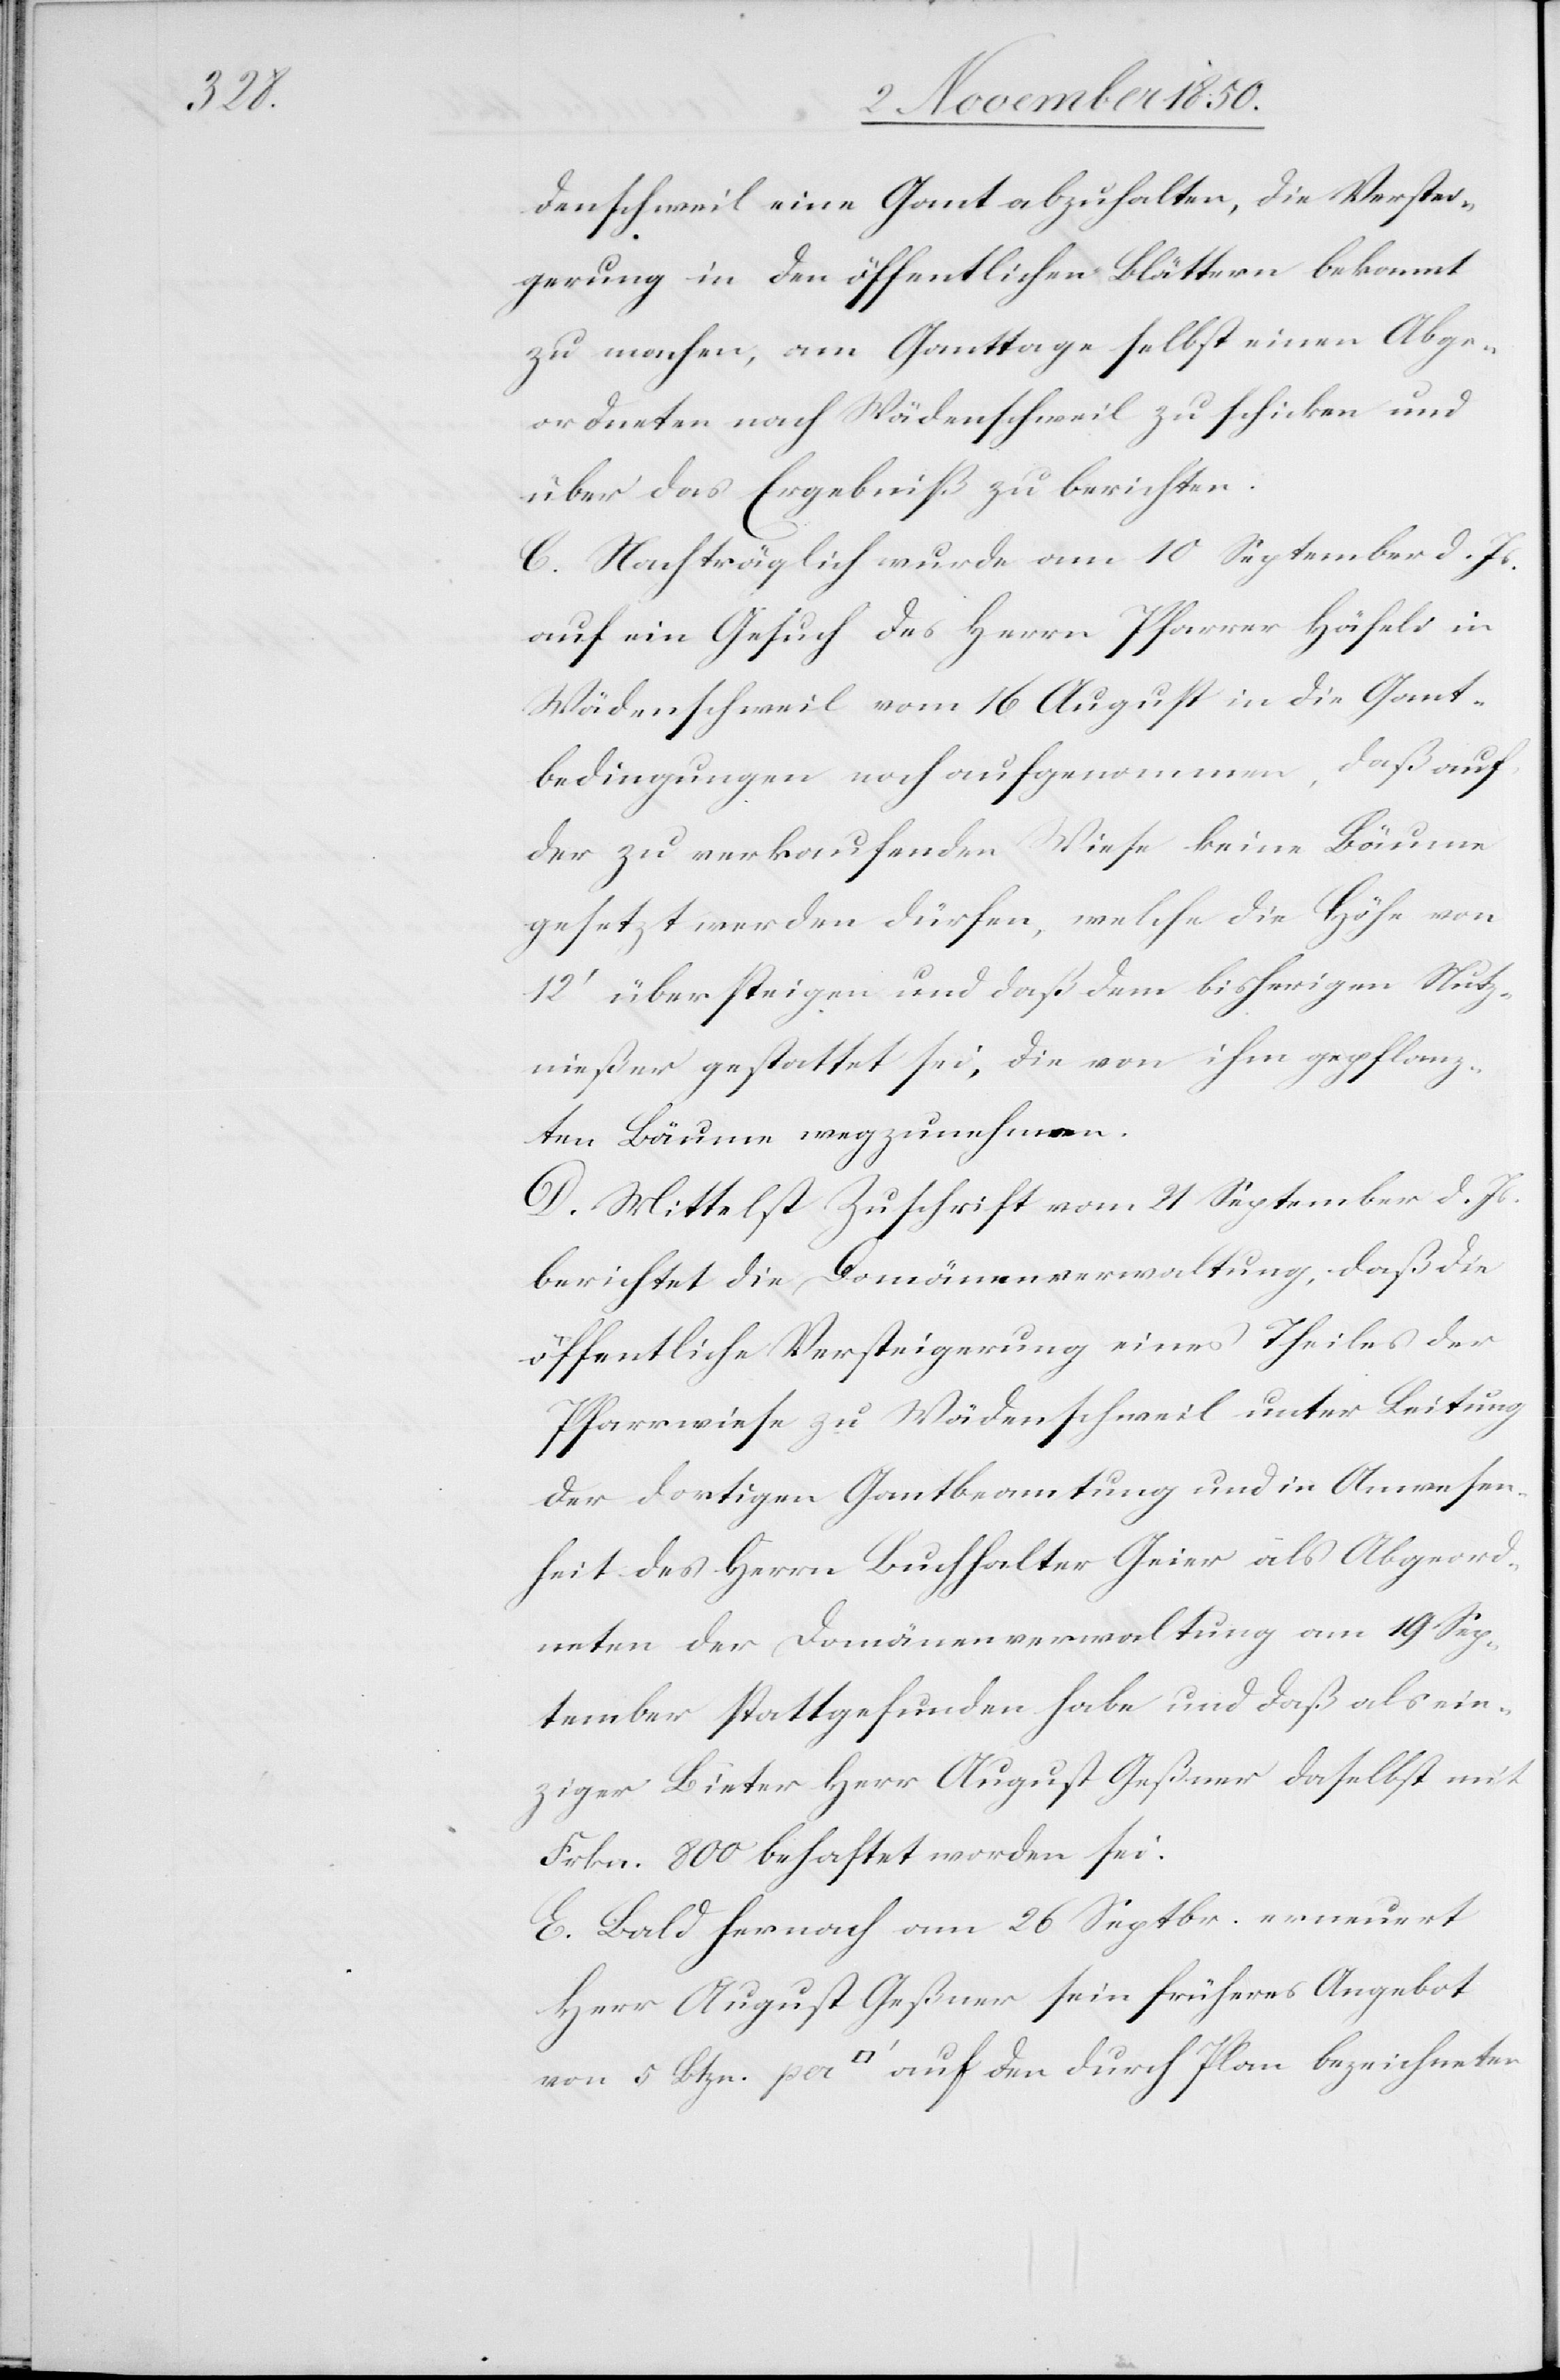
denschweil eine Gant abzuhalten, die Verstei¬
gerung in den öffentlichen Blättern bekannt
zu machen, am Ganttage selbst einen Abge¬
ordneten nach Wädenschweil zu schicken und
über das Ergebniß zu berichten.
C. Nachträglich wurde am 10. September d. Js.
auf ein Gesuch des Herrn Pfarrer Häfeli in
Wädenschweil vom 16 August in die Gant¬
bedingungen noch aufgenommen, daß auf
der zu verkaufenden Wiese keine Bäume
gesetzt werden dürfen, welche die Höhe von
12‘ übersteigen und daß dem bisherigen Nutz¬
nießer gestattet sei, die von ihm gepflanz¬
ten Bäume wegzunehmen.
D. Mittelst Zuschrift vom 21 September d. Js.
berichtet die Domänenverwaltung, daß die
öffentliche Versteigerung eines Theiles der
Pfarrwiese zu Wädenschweil unter Leitung
der dortigen Gantbeamtung und in Anwesen¬
heit des Herrn Buchhalter Geiser als Abgeord¬
neten der Domänenverwaltung am 19 Sep¬
tember stattgefunden habe und daß als ein¬
ziger Bieter Herr August Geßner daselbst mit
Frkn. 800 behaftet worden sei.
E. Bald hernach am 26 Septbr. erneuert
Herr August Geßner sein früheres Angebot